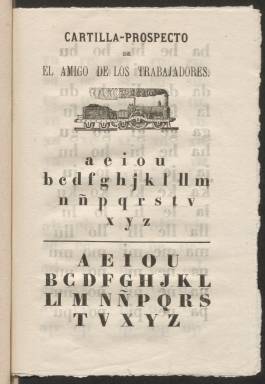
Título: El Amigo de los trabajadores
Colección: Periódicos
Ámbito geográfico: Madrid
Lugar de publicación: Madrid
Fechas: 01/01/1869-03/10/1869